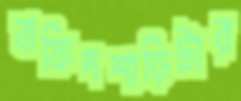
বাফিদশাড়িটার